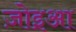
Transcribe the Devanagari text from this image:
ज़ोइआ